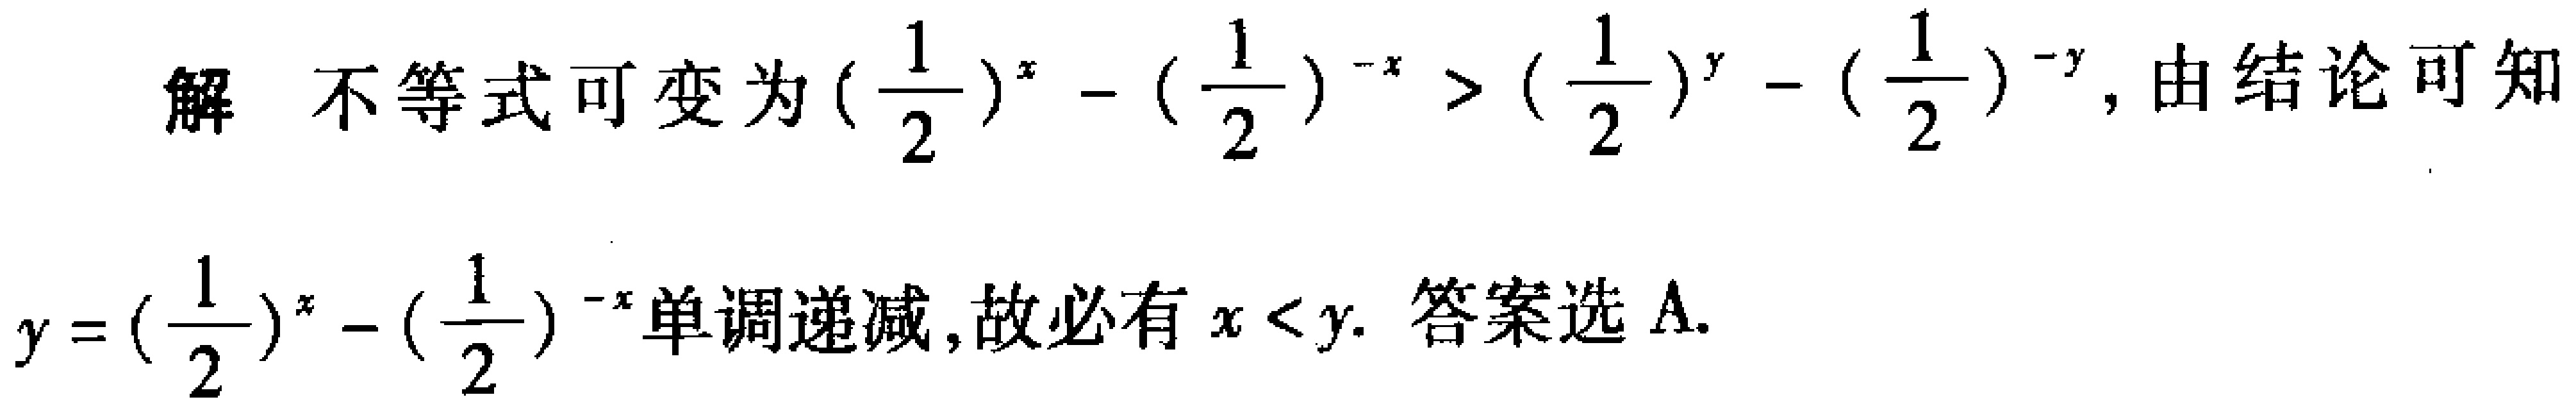
解 不等式可变为\((\frac{1}{2})^{x}-(\frac{1}{2})^{-x}>(\frac{1}{2})^{y}-(\frac{1}{2})^{-y}\)，由结论可知

\(y = (\frac{1}{2})^{x}-(\frac{1}{2})^{-x}\)单调递减，故必有\(x < y\). 答案选A.